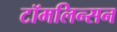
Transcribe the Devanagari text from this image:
टॉमलिन्सन